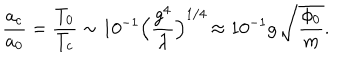
LaTeX: { \frac { a _ { c } } { a _ { 0 } } } = { \frac { T _ { 0 } } { T _ { c } } } \sim 1 0 ^ { - 1 } \Bigr ( { \frac { g ^ { 4 } } { \lambda } } \Bigl ) ^ { 1 / 4 } \, \approx 1 0 ^ { - 1 } g \, \sqrt { \frac { \phi _ { 0 } } { m } } .